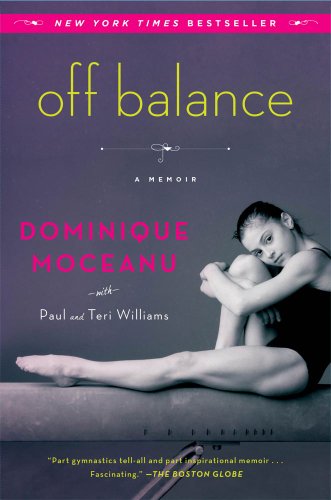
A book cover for Off Balance: A Memoir; Dominique Moceanu; Sports & Outdoors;